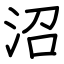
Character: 沼